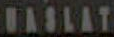
UASLAT